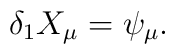
\delta_{1}X_{\mu}=\psi_{\mu}.